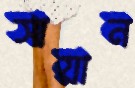
সায়ান